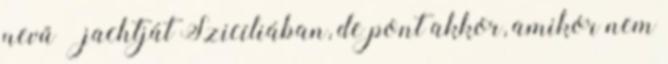
nevű – jachtját Szicíliában, de pont akkor, amikor nem